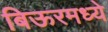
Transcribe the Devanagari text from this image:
बिऊरमध्ये